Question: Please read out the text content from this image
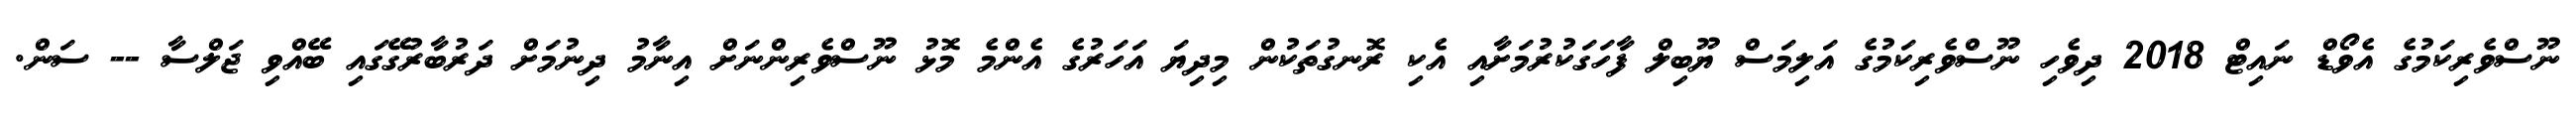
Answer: ނޫސްވެރިކަމުގެ އެވޯޑް ނައިޓް 2018 ދިވެހި ނޫސްވެރިކަމުގެ އަލިމަސް ޔޫބިލް ފާހަގަކުރުމަށާއި އެކި ރޮނގުތަކުން މިދިޔަ އަހަރުގެ އެންމެ މޮޅު ނޫސްވެރިންނަށް އިނާމު ދިނުމަށް ދަރުބާރުގޭގައި ބޭއްވި ޖަލްސާ -- ސަން.